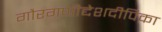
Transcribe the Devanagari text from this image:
गौरगणीद्देशदीपिका